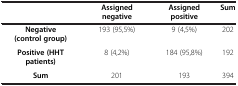
<table><thead><tr><td><b> </b></td><td><b>Assigned negative</b></td><td><b>Assigned positive</b></td><td><b>Sum</b></td></tr></thead><tbody><tr><td><b>Negative (control group)</b></td><td>193 (95,5%)</td><td>9 (4,5%)</td><td>202</td></tr><tr><td><b>Positive (HHT patients)</b></td><td>8 (4,2%)</td><td>184 (95,8%)</td><td>192</td></tr><tr><td><b>Sum</b></td><td>201</td><td>193</td><td>394</td></tr></tbody></table>